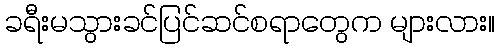
ခရီးမသွားခင်ပြင်ဆင်စရာတွေက များလား။